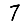
Digit: 7